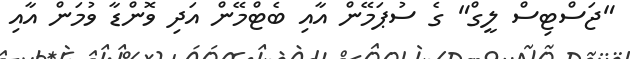
"ޖަސްޓިސް ލީގް" ގެ ސުޕަމޭން އާއި ބެޓްމޭން އަދި ވޮންޑާ ވުމަން އާއި